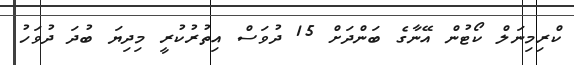
ކްރިމިނަލް ކޯޓުން އޭނާގެ ބަންދަށް 15 ދުވަސް އިތުރުކުރީ މިދިޔަ ބުދަ ދުވަހު